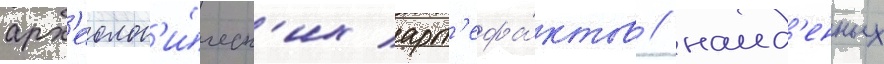
арх'еолог'и́ческ'их арт'ефа́ктов / наид'енных